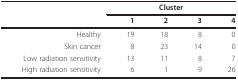
<table><thead><tr><td></td><td colspan="4"><b>Cluster</b></td></tr><tr><td></td><td><b>1</b></td><td><b>2</b></td><td><b>3</b></td><td><b>4</b></td></tr></thead><tbody><tr><td>Healthy</td><td>19</td><td>18</td><td>8</td><td>0</td></tr><tr><td>Skin cancer</td><td>8</td><td>23</td><td>14</td><td>0</td></tr><tr><td>Low radiation sensitivity</td><td>13</td><td>11</td><td>8</td><td>7</td></tr><tr><td>High radiation sensitivity</td><td>6</td><td>1</td><td>9</td><td>26</td></tr></tbody></table>